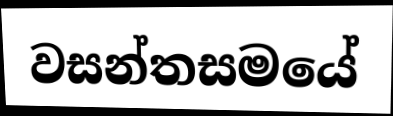
වසන්තසමයේ